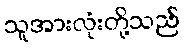
သူအားလုံးတို့သည်